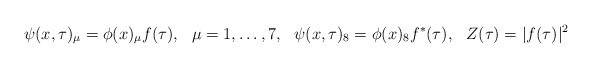
\begin{align*}\psi(x,\tau)_\mu =\phi(x)_\mu f(\tau),\ \ \mu=1,\dots,7,\ \ \psi(x,\tau)_8 =\phi(x)_8 f^*(\tau),\ \ Z(\tau)=|f(\tau)|^2\end{align*}